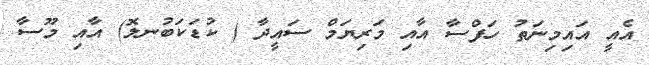
އެއީ އައިމިނަތު ހަފްސާ އާއި މަރިޔަމް ސައީދާ ( ކުޑަކަބުނލޮ) އާއި މޫސާ